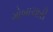
ગોબાચારી